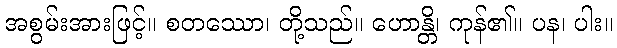
အစွမ်းအားဖြင့်။ စတဿော၊ တို့သည်။ ဟောန္တိ၊ ကုန်၏။ ပန၊ ပါး။